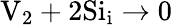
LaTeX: \mathrm{V}_{2}+2\mathrm{Si}_{\mathrm{i}}\to 0